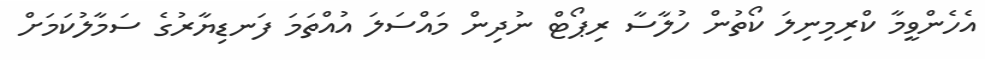
އެހެންވީމާ ކްރިމިނިލަ ކޯތުން ހުލާސާ ރިޕޯޓް ނުދިން މައްސަލަ އުއްތަމަ ފަނޑިޔާރުގެ ސަމާލުކަމަށް